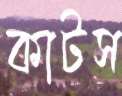
কাটস